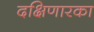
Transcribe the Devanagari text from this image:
दक्षिणारका